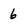
Character: 6